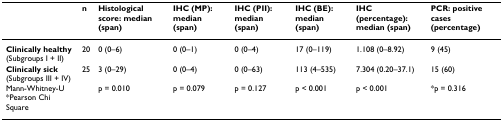
<table><thead><tr><td></td><td><b>n</b></td><td><b>Histological score: median (span)</b></td><td><b>IHC (MP): median (span)</b></td><td><b>IHC (PII): median (span)</b></td><td><b>IHC (BE): median (span)</b></td><td><b>IHC (percentage): median (span)</b></td><td><b>PCR: positive cases (percentage)</b></td></tr></thead><tbody><tr><td><b>Clinically healthy </b>(Subgroups I + II)</td><td>20</td><td>0 (0–6)</td><td>0 (0–1)</td><td>0 (0–4)</td><td>17 (0–119)</td><td>1.108 (0–8.92)</td><td>9 (45)</td></tr><tr><td><b>Clinically sick </b>(Subgroups III + IV)</td><td>25</td><td>3 (0–29)</td><td>0 (0–4)</td><td>0 (0–63)</td><td>113 (4–535)</td><td>7.304 (0.20–37.1)</td><td>15 (60)</td></tr><tr><td>Mann-Whitney-U *Pearson Chi Square</td><td></td><td>p = 0.010</td><td>p = 0.079</td><td>p = 0.127</td><td>p &lt; 0.001</td><td>p &lt; 0.001</td><td>*p = 0.316</td></tr></tbody></table>